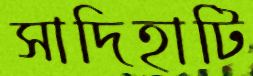
সাদিহাটি